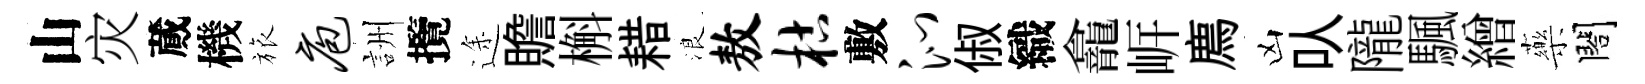
山灾蕆機旅庖詶攬途贍槲耤浪敖枯敷沁俶織龕㟁廌凶㕥隴颿繒藥閤